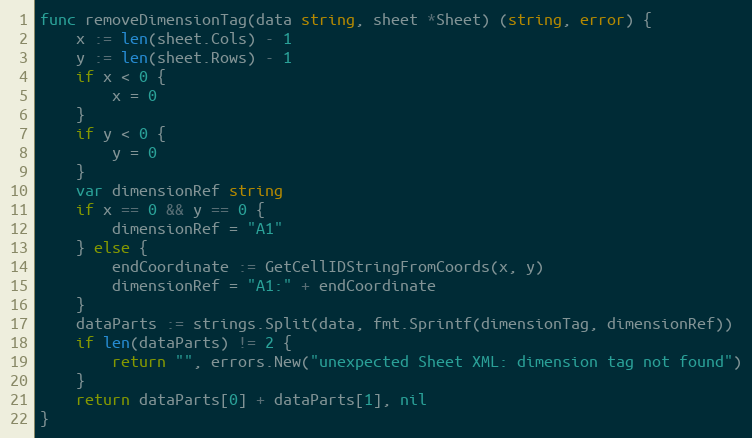
Language: Go
func removeDimensionTag(data string, sheet *Sheet) (string, error) {
	x := len(sheet.Cols) - 1
	y := len(sheet.Rows) - 1
	if x < 0 {
		x = 0
	}
	if y < 0 {
		y = 0
	}
	var dimensionRef string
	if x == 0 && y == 0 {
		dimensionRef = "A1"
	} else {
		endCoordinate := GetCellIDStringFromCoords(x, y)
		dimensionRef = "A1:" + endCoordinate
	}
	dataParts := strings.Split(data, fmt.Sprintf(dimensionTag, dimensionRef))
	if len(dataParts) != 2 {
		return "", errors.New("unexpected Sheet XML: dimension tag not found")
	}
	return dataParts[0] + dataParts[1], nil
}